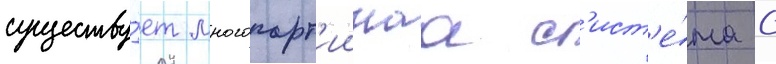
существу́ет многопарт'иинаа с'ист'е́ма с